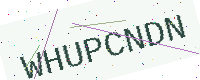
Text: WHUPCNDN